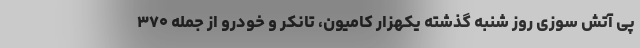
پی آتش سوزی روز شنبه گذشته یکهزار کامیون، تانکر و خودرو از جمله ۳۷۰